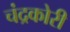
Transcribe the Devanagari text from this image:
चंद्रकोरी